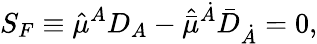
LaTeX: S_{F}\equiv\hat{\mu}^{A}D_{A}-\hat{\bar{\mu}}^{\dot{A}}{\bar{D}}_{\dot{A}}=0,